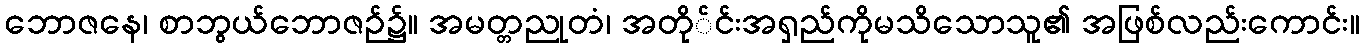
ဘောဇနေ၊ စာဘွယ်ဘောဇဉ်၌။ အမတ္တညုတံ၊ အတို်င်းအရှည်ကိုမသိသောသူ၏ အဖြစ်လည်းကောင်း။